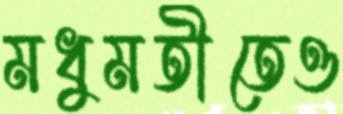
মধুমতীতেও